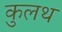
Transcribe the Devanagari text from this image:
कुलथ